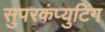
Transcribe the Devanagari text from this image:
सुपरकंप्युटिंग